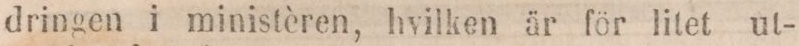
dringen i ministèren, hvilken är för litet ut-